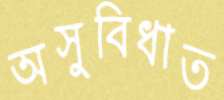
অসুবিধাত